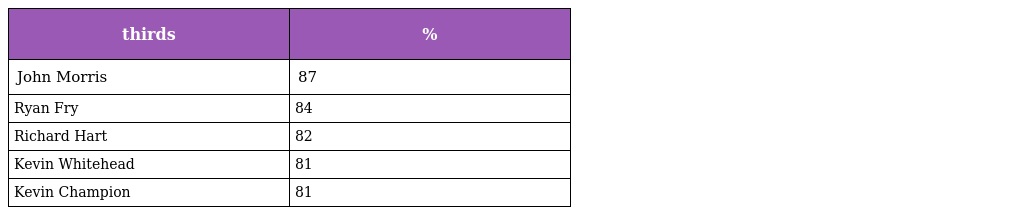
| thirds | % |
 | --- | --- |
 | John Morris | 87 |
 | Ryan Fry | 84 |
 | Richard Hart | 82 |
 | Kevin Whitehead | 81 |
 | Kevin Champion | 81 |